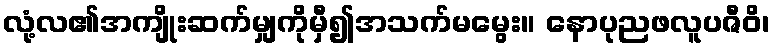
လုံ့လ၏အကျိုးဆက်မျှကိုမှီ၍အသက်မမွေး။ နောပုညဖလူပဇီဝိ၊